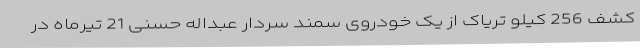
کشف 256 کیلو تریاک از یک خودروی سمند سردار عبداله حسنی 21 تیرماه در